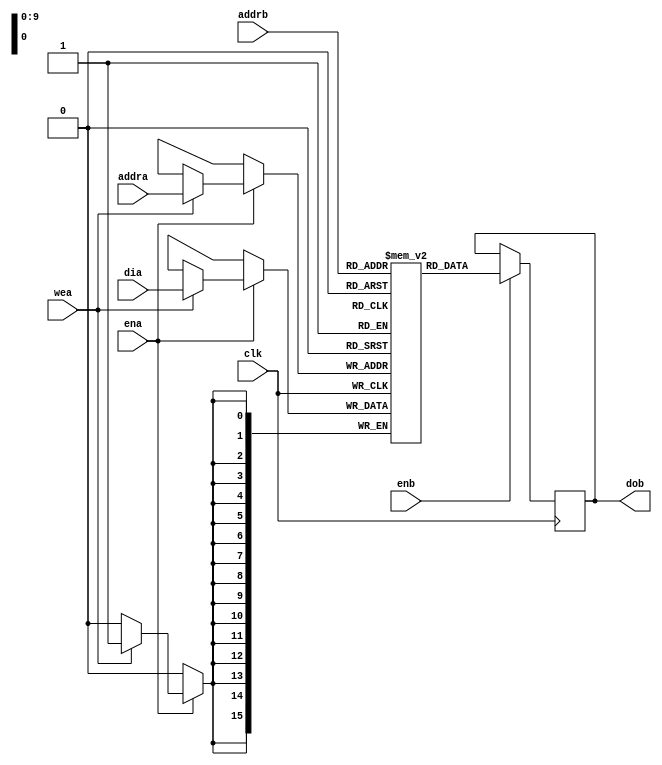
// Simple Dual-Port Block RAM with One Clock
//
//
module simple_dual_one_clock (
    input  wire         clk,
    input  wire         ena,
    input  wire         enb,
    input  wire         wea,
    input  wire [9:0]   addra,
    input  wire [9:0]   addrb,
    input  wire [15:0]  dia,
    output reg  [15:0]  dob
);

    
    reg[15:0] ram [1023:0];

    
    always @(posedge clk) begin
        if (ena) begin
            if (wea) ram[addra] <= dia;
        end
    end
    always @(posedge clk) begin
        if (enb) dob <= ram[addrb];
    end
endmodule

module simple_dual_two_clocks(
    input  wire         clka,
    input  wire         clkb,
    input  wire         ena,
    input  wire         enb,
    input  wire         wea,
    input  wire [9:0]   addra,
    input  wire [9:0]   addrb,
    input  wire [15:0]  dia,
    output reg  [15:0]  dob
);

    reg[15:0] ram [1023:0];

    always @(posedge clka) begin 
        if (ena)begin
            if (wea)
                ram[addra] <= dia;
        end
    end
    always @(posedge clkb) begin 
        if (enb)begin
            dob <= ram[addrb];
        end
    end
endmodule